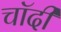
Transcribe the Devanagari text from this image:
चॉदी